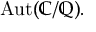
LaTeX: \operatorname { A u t } ( \mathbb { C } / \mathbb { Q } ) .